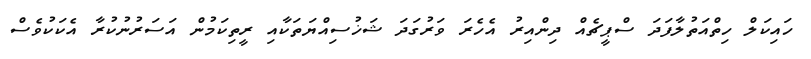
ހައިކަލް ހިތްއަތުލާފަދަ ސްޕީޗެއް ދިންއިރު އެހެރަ ވަރުގަދަ ޝަޚުސިއްޔަތަކާއި ރީތިކަމުން އަސަރުނުކުރާ އެކަކުވެސް